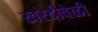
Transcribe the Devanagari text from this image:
खरेदीवेळी